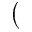
(